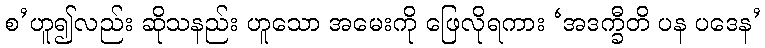
စ’ဟူ၍လည်း ဆိုသနည်း ဟူသော အမေးကို ဖြေလိုရကား ‘အဒက္ခီတိ ပန ပဒေန’